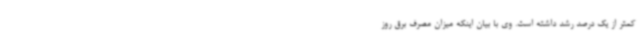
کمتر از یک درصد رشد داشته است. وی با بیان اینکه میزان مصرف برق روز